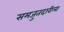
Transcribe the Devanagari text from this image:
समजुतदारीला